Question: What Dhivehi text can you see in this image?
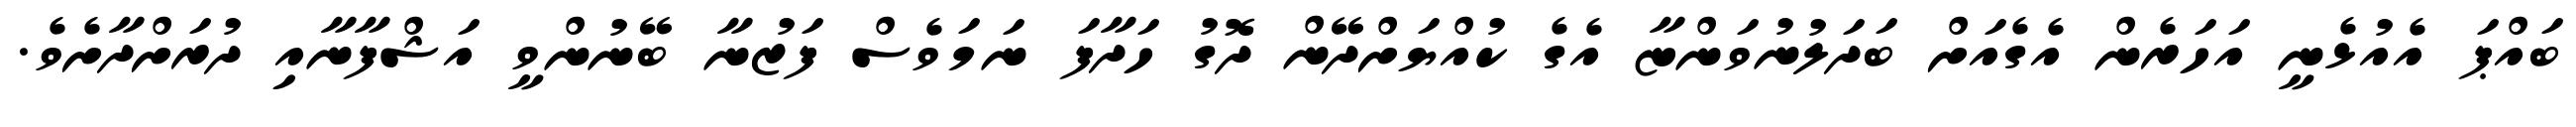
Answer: ބައްޕަ އެއުޅެނީ އަހަރެން އެގެއަށް ބަދަލުނުވަންޏާ އެގެ ކުއްޔަށްދޭން ދޮގު ހަދާފަ ނަމަވެސް ފަޒުނާ ބޭނުންވީ އަޝްފާނާއި ދުރަށްދާށެވެ.